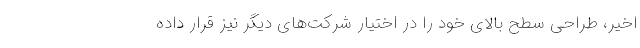
اخیر، طراحی سطح بالای خود را در اختیار شرکت‌های دیگر نیز قرار داده